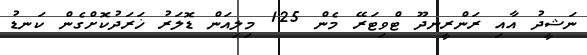
ނަޝީދު އާއި ރަންރީނދޫ ޓްވިޓަރޭ މެން 125 މިިލިއަން ޑޮލަރު ޚަރަދުކޮށްގެން ކަނޑު